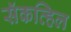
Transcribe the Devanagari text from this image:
सॅकव्हिल